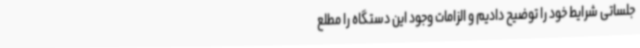
جلساتی شرایط خود را توضیح دادیم و الزامات وجود این دستگاه را مطلع